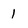
Character: 1